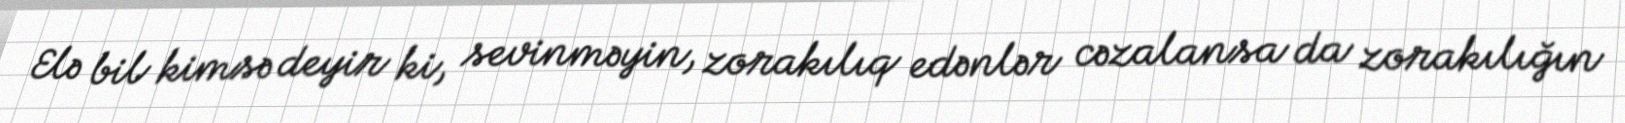
Elə bil kimsə deyir ki, sevinməyin, zorakılıq edənlər cəzalansa da zorakılığın